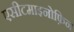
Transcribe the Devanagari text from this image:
एसीटमाइनोफ़िन